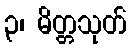
၃၊ မိတ္တသုတ်